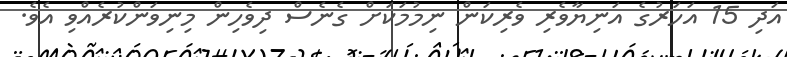
އަދި 15 އަހަރުގެ އަނިޔާވެރި ވެރިކަން ނިމުމަކަށް ގެނެސް ދިވެހިން މިނިވަންކުރެއްވި އެވެ.